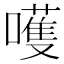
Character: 嚄